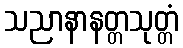
သညာနာနတ္တသုတ္တံ